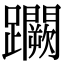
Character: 𨇮